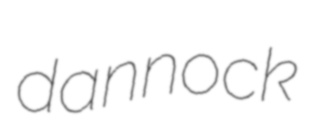
dannock